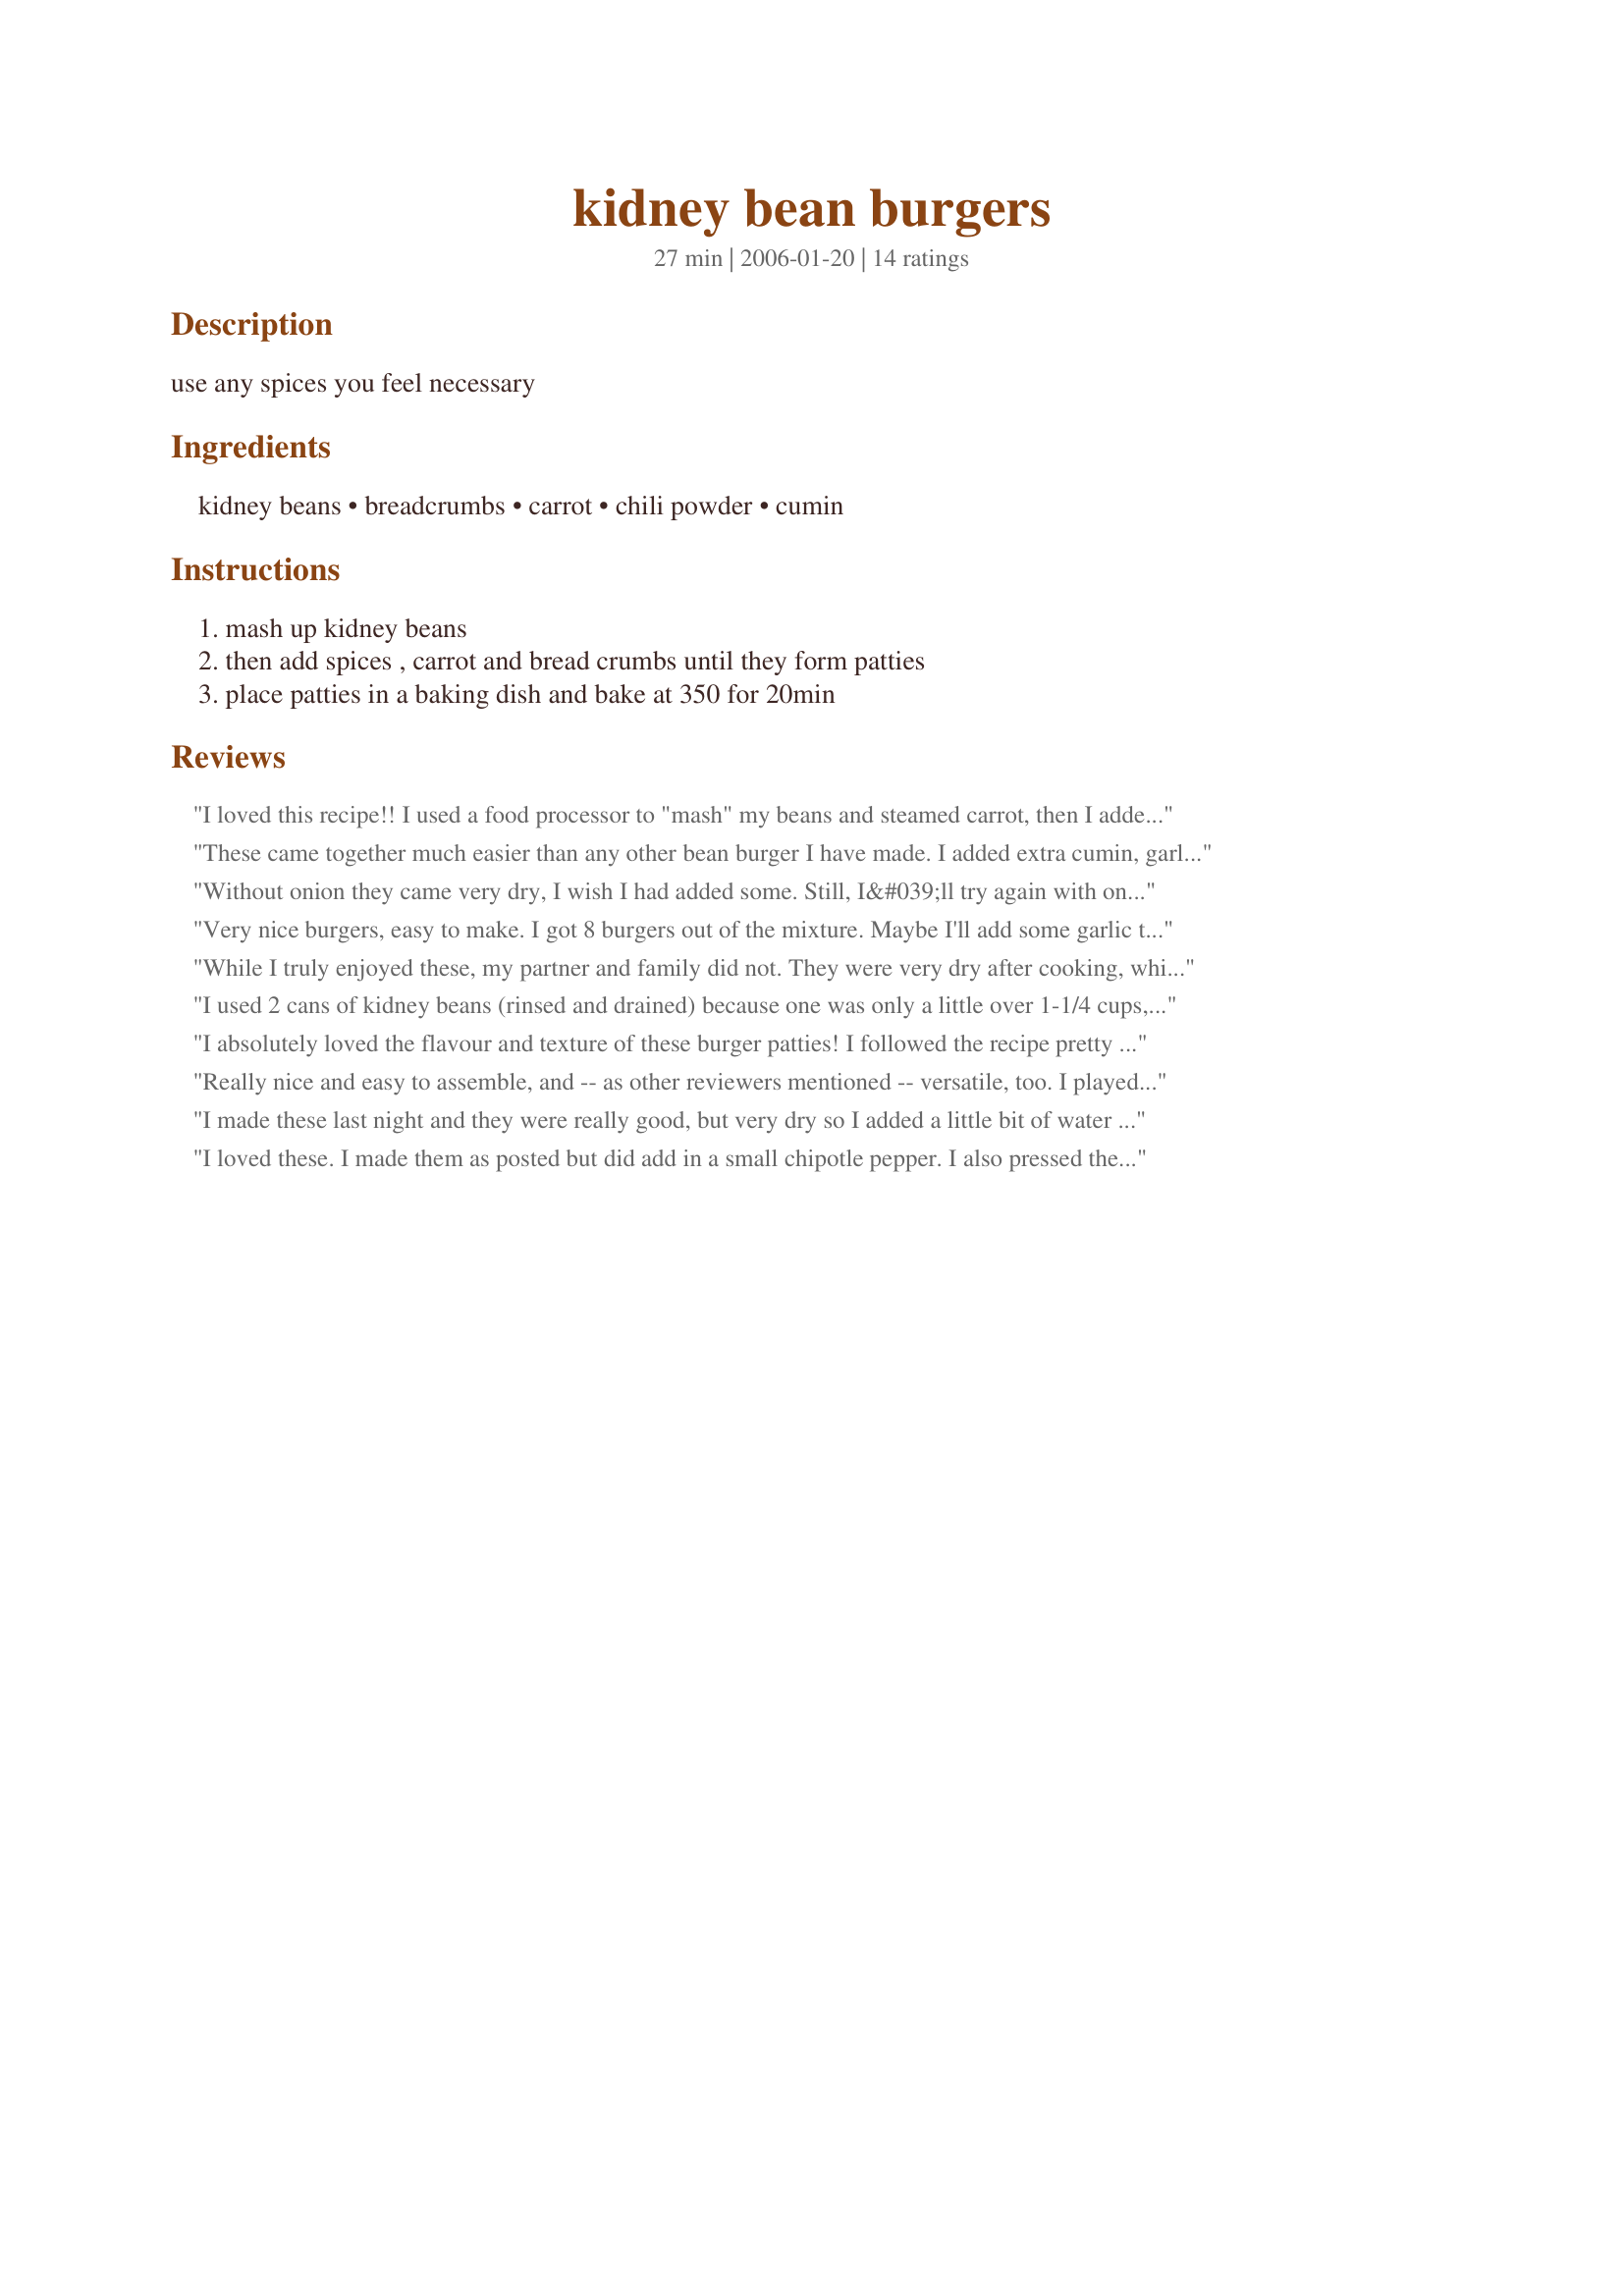
kidney bean burgers
Preparation time: 27 minutes

use any spices you feel necessary

Ingredients:
kidney beans, breadcrumbs, carrot, chili powder, cumin

Steps:
mash up kidney beans, then add spices , carrot and bread crumbs until they form patties, place patties in a baking dish and bake at 350 for 20min

Reviews:
I loved this recipe!! I used a food processor to "mash" my beans and steamed carrot, then I added a bit of diced onion in with the chili and cumin... gave everything another quick spin and took the mix out to add bread crumbs and S&P. I was surprised at how nicely it formed in to patties and how well they stayed together. I baked mine on a lightly sprayed cookie sheet and flipped them for the last 5 minutes. They turned out with a lovely crispiness on the outside and the perfect moistness within. Fantastic kick of spice...I ate mine as a platter and my husband made a huge sandwich of 2 patties...we both piled our plates high with "taco type fixings" (tomato, onion, lettuce, salsa and sour cream)Filling and fabulous. I can see myself playing with tons of variations of this great bean burger! Thanks for a "keeper" alyseepoo.
These came together much easier than any other bean burger I have made. I added extra cumin, garlic powder salt and pepper to spice mine up a little which was really good. I snapped a quick picture, but it doesn't do the burgers justice :)
Without onion they came very dry, I wish I had added some. Still, I&#039;ll try again with onion. I think they need kind of sauce maybe.... or just the onion.
Very nice burgers, easy to make. I got 8 burgers out of the mixture. Maybe I'll add some garlic the next time for the spicyness. Also they were a bit dry when cooked, maybe some sour cream would help. All in all, a good recipe which I'll certainly make again.
Thanks for posting.
While I truly enjoyed these, my partner and family did not. They were very dry after cooking, which was fine with me but not for anyone else. Might make again, but with some tweaks.
I used 2 cans of kidney beans (rinsed and drained) because one was only a little over 1-1/4 cups, mashed roughly with a potato masher, and found the texture to be perfect. This was my first taste of a bean burger and I love it. I just sneaked a little piece of one and am deciding what toppings to use. Salsa seems like a good choice but some chinese sweet and sour cucumbers I made today may be good on it too. I will have fun experimenting with condiments. Thank you for an easy, healthy, tasty recipe! It's destined for many happy returns here.
I absolutely loved the flavour and texture of these burger patties! I followed the recipe pretty closely, using one can of kidney beans (which worked out to be a little less than 2 cups), one small carrot, plus I added 1/4 of a small onion, finely diced, as suggested by other reviewers. This gave me 4 good-sized patties. I imagine that this is an extremely versatile recipe, but I liked it just with the chili powder and cumin. My only little complaint is that they came out a tad dry after baking, but I wasn't too bothered by that. A simple and delicious recipe! Will definitely make again.<br/><br/>UPDATE: Made these again today, but using a mix of oatmeal and flour in place of breadcrumbs (didn't have any). I also added a dash of garlic powder and some pepper to the mash, and instead of baking (no oven) I cooked the patties on a nonstick skillet over medium heat, about 3-4 minutes on the first side and then about 2 minutes after flipping. They were even better than I'd remember them tasting!
Really nice and easy to assemble, and -- as other reviewers mentioned -- versatile, too. I played around with the proportions so I could use up one (drained and rinsed) can of kidney beans I had on hand, and ended up getting three good-sized burgers out of the recipe. Thanks for a keeper!
I made these last night and they were really good, but very dry so I added a little bit of water to loosen up the mix enough to form patties. My 4 and 5 year old kids really liked them. I also added a little oregano to the mix.
I loved these. I made them as posted but did add in a small chipotle pepper. I also pressed them into some more breadcrumbs after they were formed into patties. I got 4 large patties that fit onto a kaiser perfectly. Next time, I won't add the chipotle. It just overpowered everything. I may add 3 drops of liquid smoke to help appease the meat eater in the house. This is going into my permanent book. Thank you so much for sharing.
This recipe is excellent. I've tried many other veggie burger/bean burger varieties but could never get them to stick together. This recipe's texture is just like a real hamburger. I used a blender to blend together the beans, then poured the mixture into a bowl, and then mixed in enough breadcrumbs to make the right consistency. I never knew that such simple ingredients could produce a burger this good!
These serve the purpose of being filled to the brim. Cooked great northern beans are easier to mash than kidney beans. I have used both in this recipe at different times. I also chop fine, a litle fresh green pepper.
My question is in making 10 kidney bean burgers I don't have fresh carrots can you use can carrots after rinsing them all and mashing them up weird
Loved these. The first time I used oatmeal and flour as I didn&#039;t have any bread crumbs. They were good, but I used bread crumbs the second time and they were awesome. I still didn&#039;t have bread crumbs but made some in the food processor, then added the rest of the ingredients and pulsed a little. I did add some fresh onion with the carrots and beans. Spices were right on. I froze a couple of the burgers the first time. They froze and thawed fine. Great recipe. I&#039;ve eaten some as a plain patty and some on a bun.
